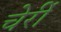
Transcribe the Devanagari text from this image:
चेर्री